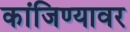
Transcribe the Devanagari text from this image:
कांजिण्यावर